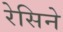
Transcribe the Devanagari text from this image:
रेसिने